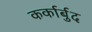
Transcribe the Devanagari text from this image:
कर्कार्बुद